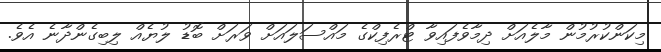
މިކަންކުރުމުން މާލެއަށް ދިމާވެފައިވާ ޓްރެފިކްގެ މައްސަލައަށް ވަރަށް ބޮޑު ލުޔެެއް ލިބިގެންދާނެ އެވެެ.